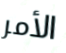
الأمر